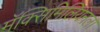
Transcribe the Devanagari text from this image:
मॅक्सिमिलियनला